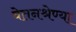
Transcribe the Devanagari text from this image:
वेतनश्रेण्या